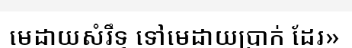
មេដាយសំរឹទ្ធ ទៅមេដាយប្រាក់ ដែរ»